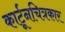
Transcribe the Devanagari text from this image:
कार्टूनचित्रकार